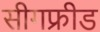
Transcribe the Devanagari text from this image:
सीगफ्रीड